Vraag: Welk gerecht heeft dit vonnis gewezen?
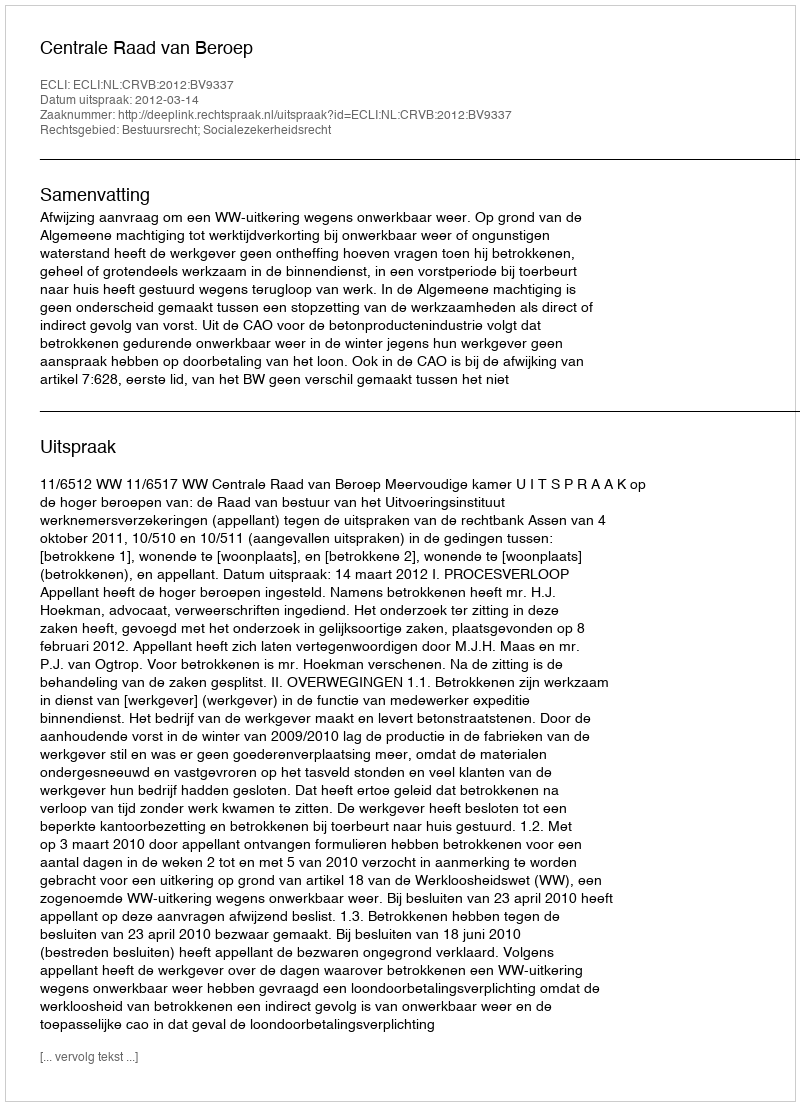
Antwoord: Centrale Raad van Beroep